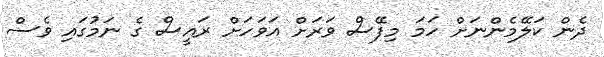
ދެން ކަލޭމެންނަށް ހަމަ މިފޭސް ވަރަށް އަވަހަށް ރައީސް ގެ ނަމުގައި ވެސް